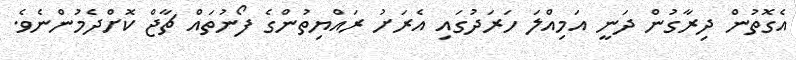
އެގޮތުން ދިރާގުން ދަނީ އަމިއްލަ ހަރަދުގައި އެރަށު ރައްޔިތުންގެ ފޯނުތައް ޗާޖް ކޮށްދެމުންނެވެ.